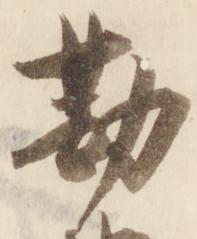
勘